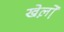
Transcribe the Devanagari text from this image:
खेल़ो़ं